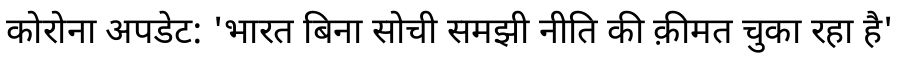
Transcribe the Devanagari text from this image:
कोरोना अपडेट: 'भारत बिना सोची समझी नीति की क़ीमत चुका रहा है'